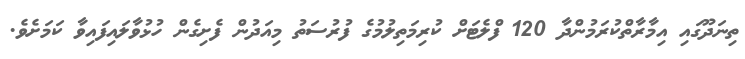
ތިނަދޫގައި އިމާރާތްކުރަމުންދާ 120 ފްލެޓަށް ކުރިމަތިލުމުގެ ފުރުސަތު މިއަދުން ފެށިގެން ހުޅުވާލައިފައިވާ ކަމަށެވެ.